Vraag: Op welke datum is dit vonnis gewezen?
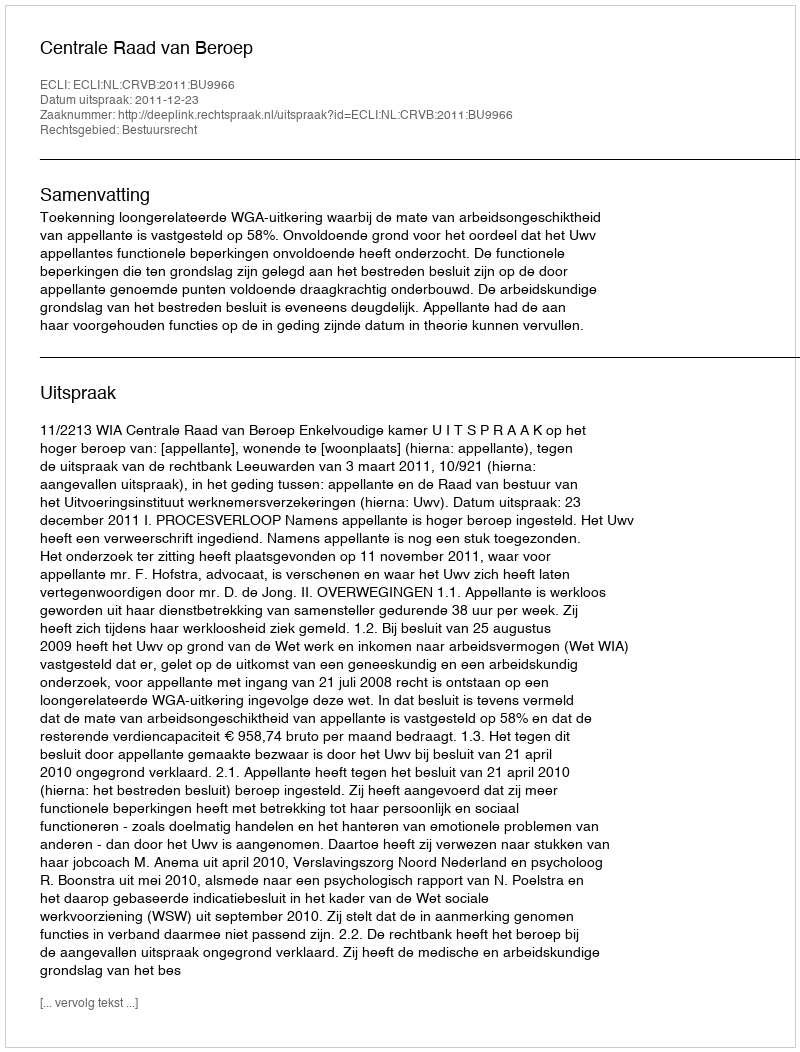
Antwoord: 2011-12-23